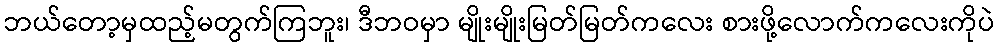
ဘယ်တော့မှထည့်မတွက်ကြဘူး၊ ဒီဘဝမှာ မျိုးမျိုးမြတ်မြတ်ကလေး စားဖို့လောက်ကလေးကိုပဲ